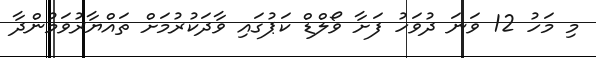
މި މަހު 12 ވަނަ ދުވަހު ފަށާ ވޯލްޑް ކަޕުގައި ވާދަކުރުމަށް ތައްޔާރުވަމުންދާ